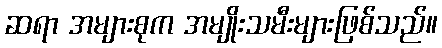
ဆရာ အများစုက အမျိုးသမီးများဖြစ်သည်။